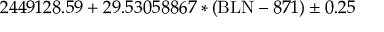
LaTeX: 2 4 4 9 1 2 8 . 5 9 + 2 9 . 5 3 0 5 8 8 6 7 * ( \mathrm { B L N } - 8 7 1 ) \pm 0 . 2 5